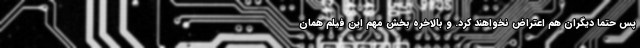
پس حتما دیگران هم اعتراض نخواهند کرد. و بالاخره بخش مهم اين فيلم همان